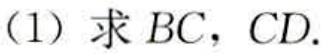
(1) 求 \(BC, CD\).